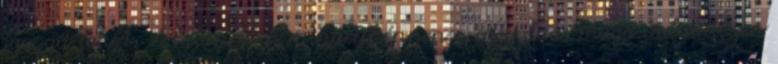
igazad lehet. A labirintus mindenképpen a megoldás maga valamilyen